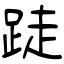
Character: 跿